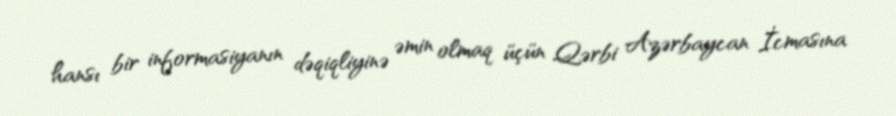
hansı bir informasiyanın dəqiqliyinə əmin olmaq üçün Qərbi Azərbaycan İcmasına